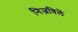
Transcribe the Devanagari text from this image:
निजविलें